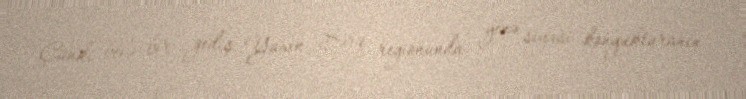
Çünki belə bir gediş Yaxın Şərq regionunda yenə siyasi konyukturanın